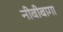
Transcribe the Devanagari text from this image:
नीबीबागा